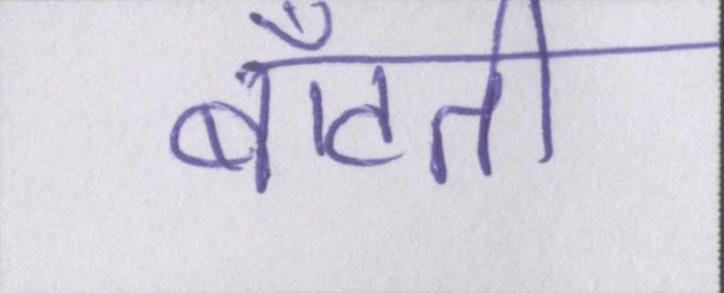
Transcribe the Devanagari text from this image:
बाँटती